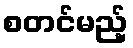
စတင်မည့်